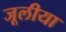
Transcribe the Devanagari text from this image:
जूलीया